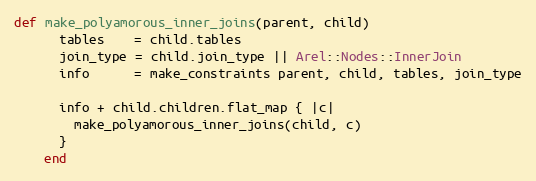
Language: Ruby
def make_polyamorous_inner_joins(parent, child)
      tables    = child.tables
      join_type = child.join_type || Arel::Nodes::InnerJoin
      info      = make_constraints parent, child, tables, join_type

      info + child.children.flat_map { |c|
        make_polyamorous_inner_joins(child, c)
      }
    end